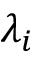
\lambda _ { i }